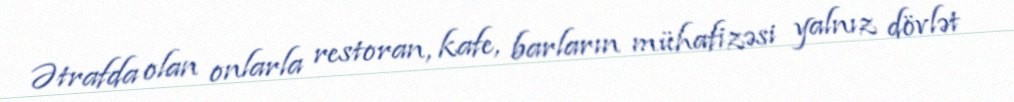
Ətrafda olan onlarla restoran, kafe, barların mühafizəsi yalnız dövlət